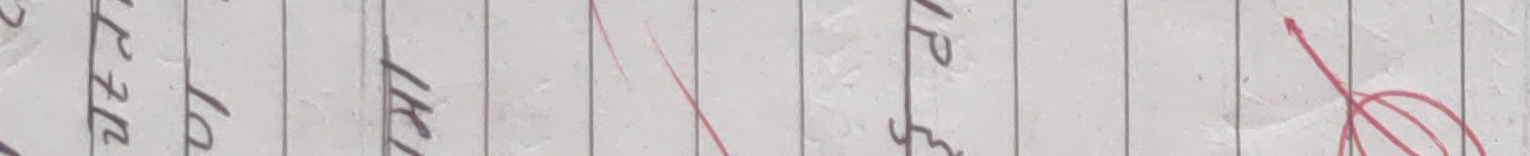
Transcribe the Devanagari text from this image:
२७ १० ११ १ ५ ७